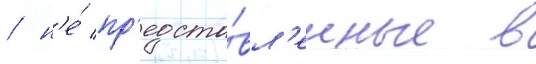
/ н'е́ пр'едста́вл'енные в